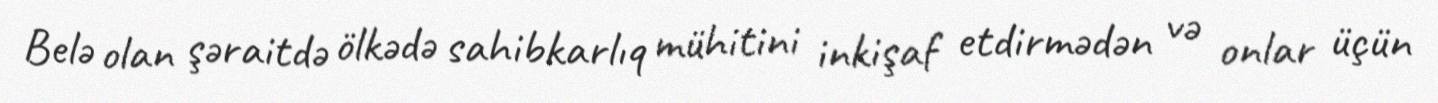
Belə olan şəraitdə ölkədə sahibkarlıq mühitini inkişaf etdirmədən və onlar üçün